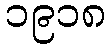
၁၉၁၈